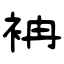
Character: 袡